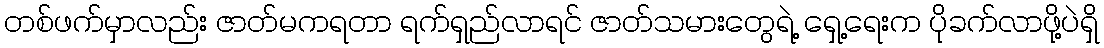
တစ်ဖက်မှာလည်း ဇာတ်မကရတာ ရက်ရှည်လာရင် ဇာတ်သမားတွေရဲ့ ရှေ့ရေးက ပိုခက်လာဖို့ပဲရှိ